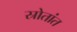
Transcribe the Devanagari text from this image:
स्रोतांत